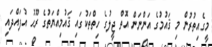
މީގެއިތުރުން މި ޤައުމުގެ އަންނަން އޮތް ޖީލުގެ ހިތްތަކުގައި ޤައުމިއްޔަތުގެ ރޫޙު އުފައްދައި